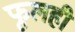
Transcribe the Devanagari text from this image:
फूलही